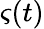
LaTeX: \varsigma(t)